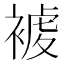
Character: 𧛓